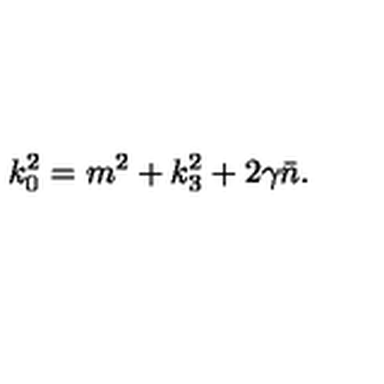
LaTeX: k _ { 0 } ^ { 2 } = m ^ { 2 } + k _ { 3 } ^ { 2 } + 2 \gamma \bar { n } .